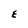
Character: E